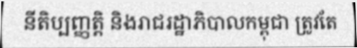
នីតិប្បញ្ញត្តិ និងរាជរដ្ឋាភិបាលកម្ពុជា ត្រូវតែ